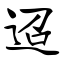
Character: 迢